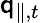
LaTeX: \mathsf{q}_{\parallel,t}